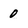
Character: 0